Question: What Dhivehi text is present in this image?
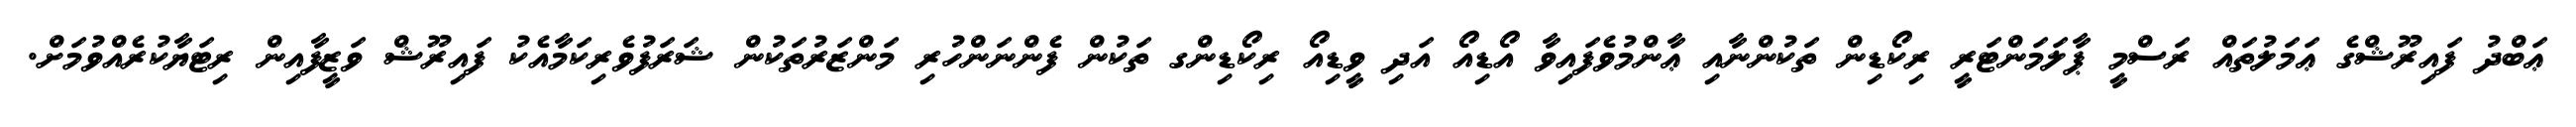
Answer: ޢަބްދު ފައިރޫޝްގެ ޢަމަލުތައް ރަސްމީ ޕާލަމަންޓަރީ ރިކޯޑިން ތަކުންނާއި ޢާންމުވެފައިވާ އޯޑިއޯ އަދި ވީޑިއޯ ރިކޯޑިންގ ތަކުން ފެންނަންހުރި މަންޒަރުތަކުން ޝަރަފުވެރިކަމާއެކު ފައިރޫޝް ވަޒީފާއިން ރިޓަޔާކުރެއްވުމަށް.